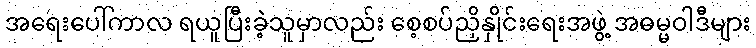
အရေးပေါ်ကာလ ရယူပြီးခဲ့သူမှာလည်း စေ့စပ်ညှိနှိုင်းရေးအဖွဲ့ အဓမ္မဝါဒီများ